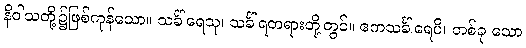
နိဝါသတို့၌ဖြစ်ကုန်သော။ သင်္ခါရေသု၊ သင်္ခါရတရားတို့တွင်။ ဧကသင်္ခါရေပိ၊ တစ်ခု သော